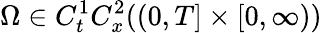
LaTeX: \Omega\in C_{t}^{1}C_{x}^{2}((0,T]\times[0,\infty))